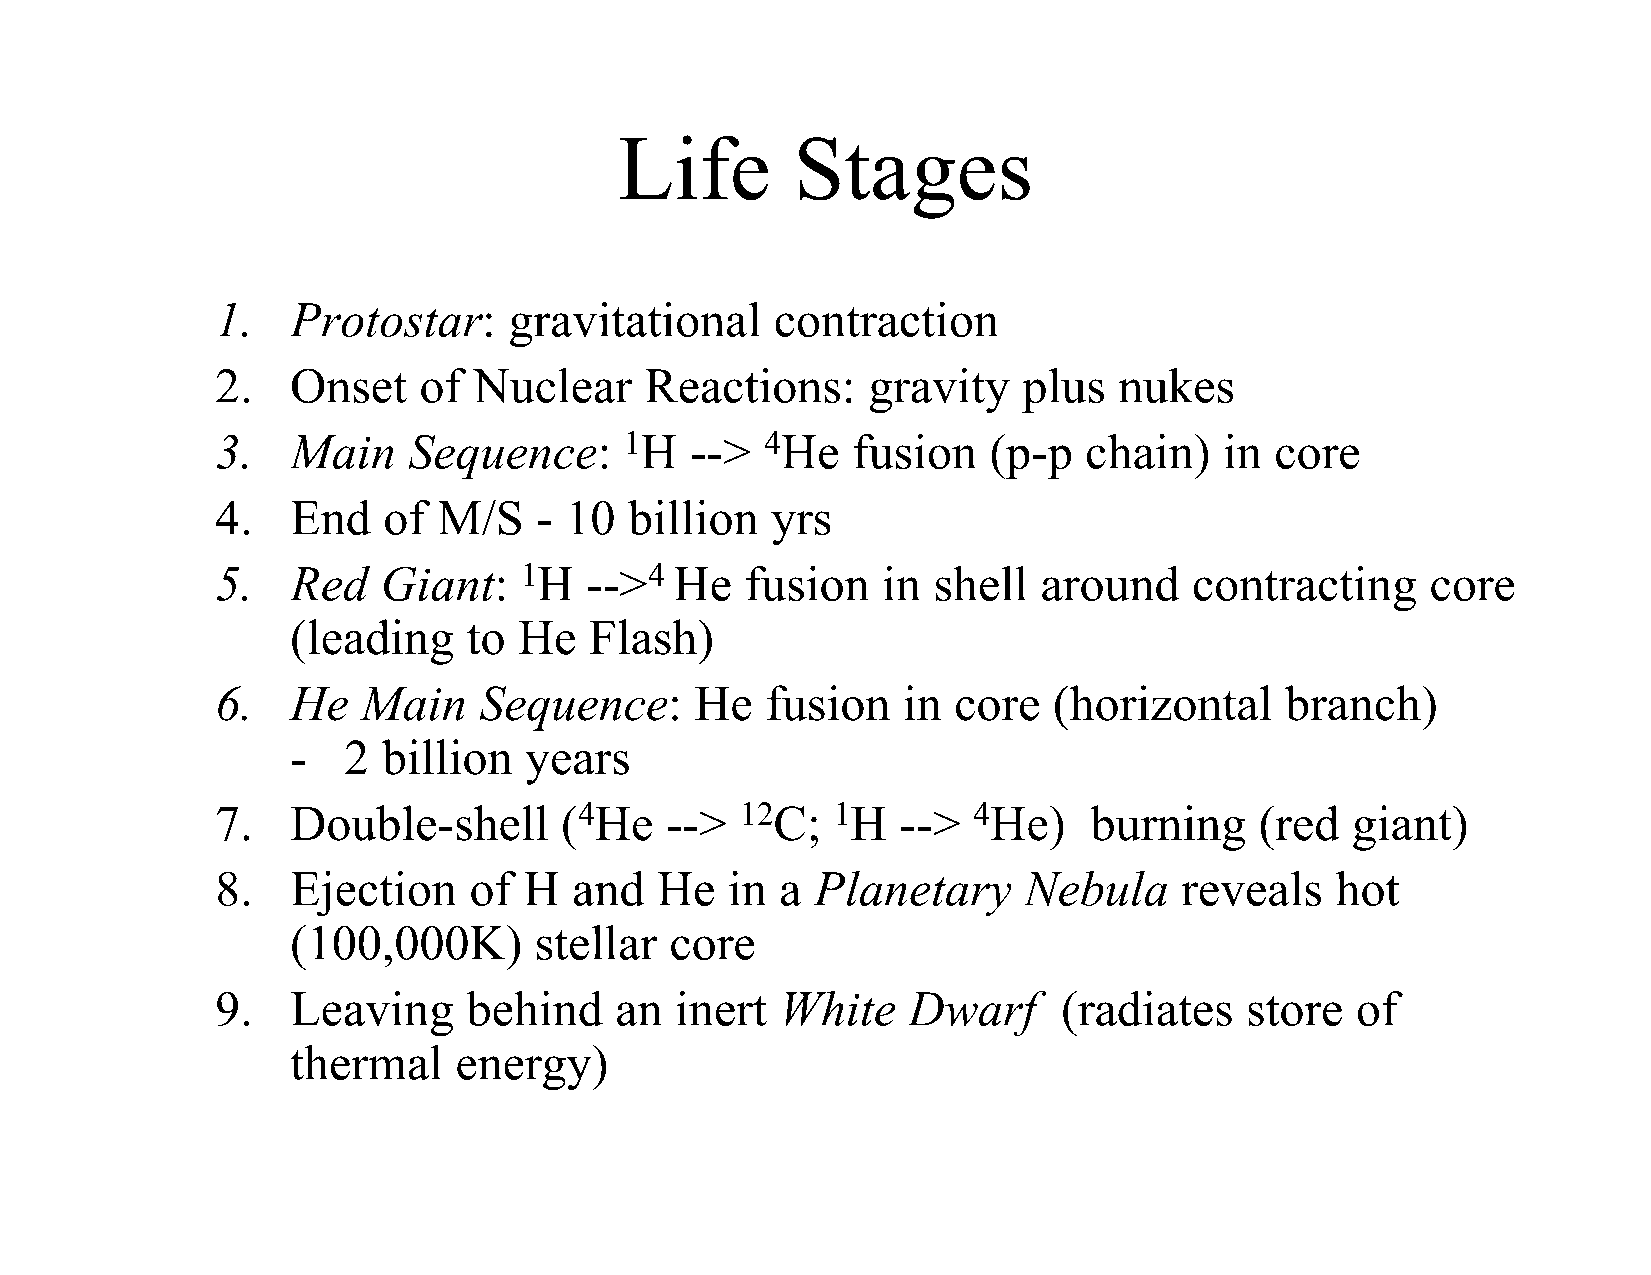
Life        Stages
 1.   Protostar:     gravitational    contraction
 2.   Onset    of Nuclear     Reactions:    gravity    plus  nukes
 3.   Main    Sequence:     1H   -->  4He  fusion   (p-p   chain)   in core
 4.   End   of  M/S   - 10   billion  yrs
 5.   Red   Giant:   1H   -->4  He  fusion   in  shell  around    contracting     core
 (leading    to He   Flash)
 6.   He   Main    Sequence:     He   fusion   in core   (horizontal    branch)
 -   2 billion   years
 7.   Double-shell      (4He   -->  12C;  1H   --> 4He)    burning    (red  giant)
 8.   Ejection    of  H  and  He   in  a Planetary     Nebula    reveals   hot
 (100,000K)      stellar  core
 9.   Leaving     behind    an  inert  White   Dwarf     (radiates   store   of
 thermal    energy)